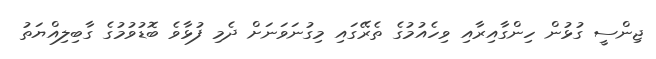
ޖިންސީ ގުޅުން ހިންގާއިރާއި ވިހެއުމުގެ ތެރޭގައި މިގުނަވަނަށް ދެމި ފުޅާވެ ބޮޑުވުމުގެ ގާބިލިއްޔަތު